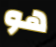
هو